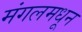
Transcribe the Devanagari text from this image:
मंगलमधून